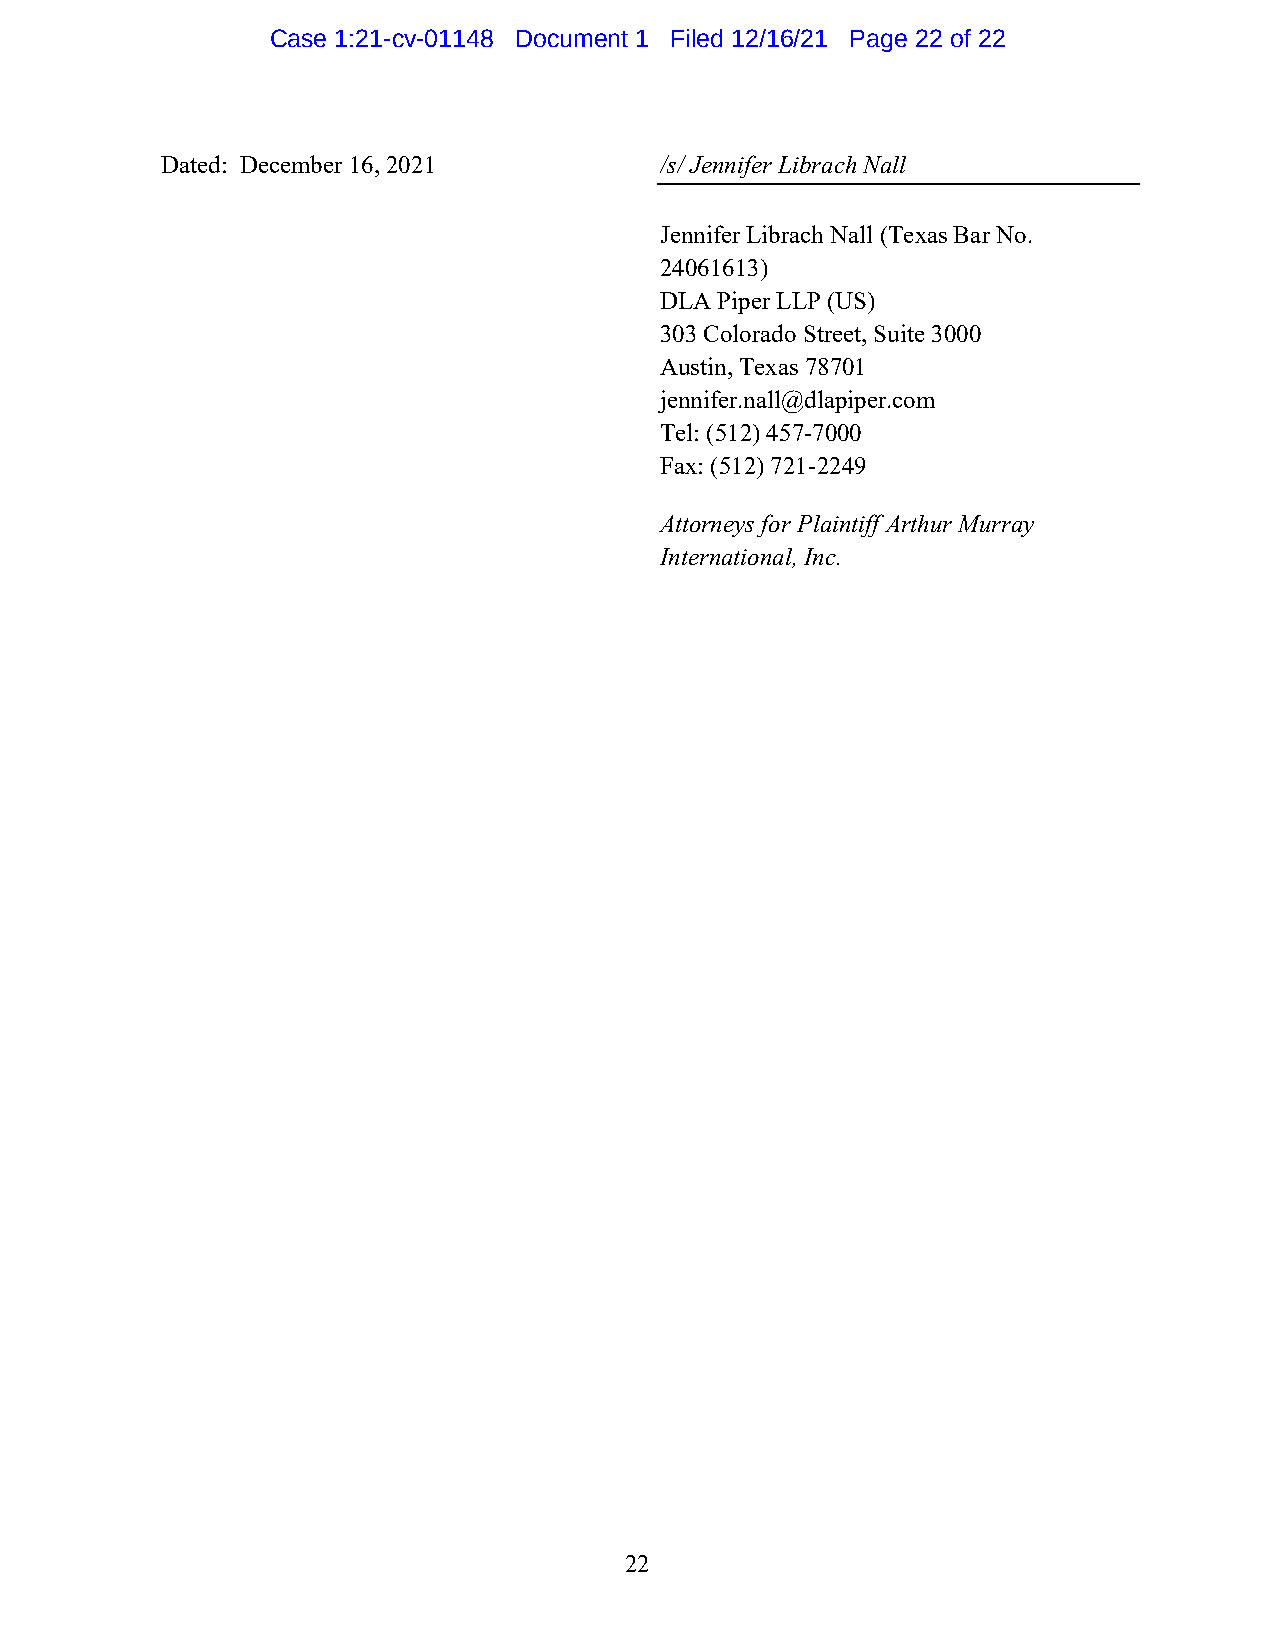
Case 1:21-cv-01148 Document 1 Filed 12/16/21 Page 22 of 22
 Dated: December 16, 2021         /s/ Jennifer Librach Nall
 Jennifer Librach Nall (Texas Bar No.
 24061613)
 DLA Piper LLP (US)
 303 Colorado Street, Suite 3000
 Austin, Texas 78701
 jennifer.nall@dlapiper.com
 Tel: (512) 457-7000
 Fax: (512) 721-2249
 Attorneys for Plaintiff Arthur Murray
 International, Inc.
 22